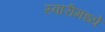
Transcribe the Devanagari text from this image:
स्वारीमध्ये